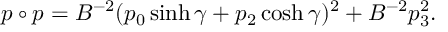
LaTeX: p \circ p = B ^ { - 2 } ( p _ { 0 } \sinh \gamma + p _ { 2 } \cosh \gamma ) ^ { 2 } + B ^ { - 2 } p _ { 3 } ^ { 2 } .